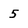
Character: 5